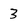
Character: 3